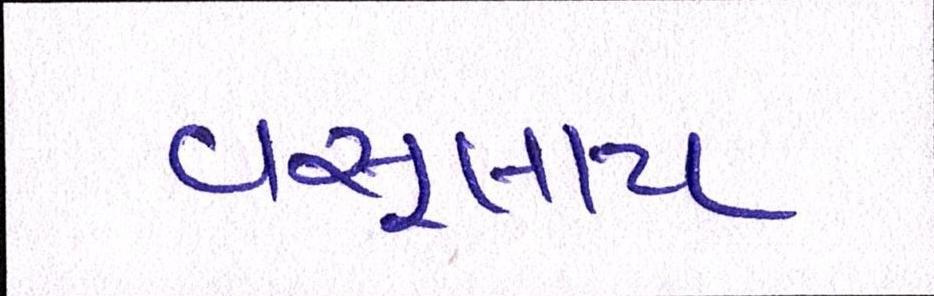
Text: વસૂલાય